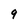
Character: 9